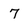
Character: 7